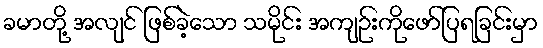
ခမာတို့ အလျင် ဖြစ်ခဲ့သော သမိုင်း အကျဉ်းကိုဖော်ပြရခြင်းမှာ